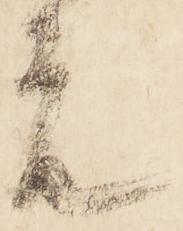
元